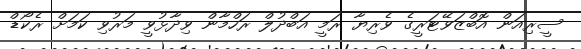
ސީރިއަން އޮބްޒަވޭޓަރީގެ ވެރިޔާ ރަމީ އަބްދުލް ރަހްމާން ވިދާޅުވީ މަރުވި ކަމަށް ރެކޯޑް